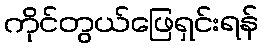
ကိုင်တွယ်ဖြေရှင်းရန်